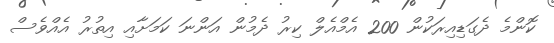
ކޮންމެ ދެގަޑިއިރަކުން 200 އެމްއެލް ކިރު ދެމުން އަންނަ ކަމަށާއި އިތުރު އެއްވެސް